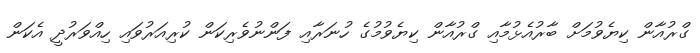
ގްރުއާން ކިޔެވުމަށް ބާރުއެޅުމާއި ގްރުއާން ކިޔެވުމުގެ ހުނަރާއި ފަންނުވެރިކަން ކުރިއަރުވައި ހިއްވަރުދީ އެކަން